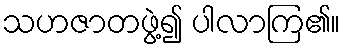
သဟဇာတဖွဲ့၍ ပါလာကြ၏။